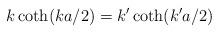
LaTeX: \begin{align*}k\coth(ka/2)=k'\coth(k'a/2)\end{align*}